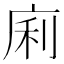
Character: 𢈱